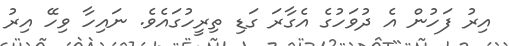
އިރު ފަހުން އެ ދުވަހުގެ އެގާރަ ގަޑި ތިރީހުގައެވެ. ނައިހާ ވިހޭ އިރު